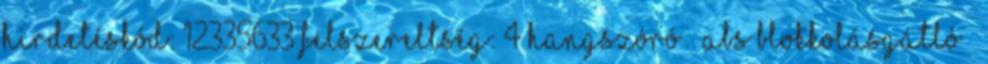
hirdetéskód: 12335633 Felszereltség: 4 hangszóró – ABS blokkolásgátló –